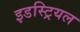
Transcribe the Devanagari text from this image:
इडस्ट्रियल